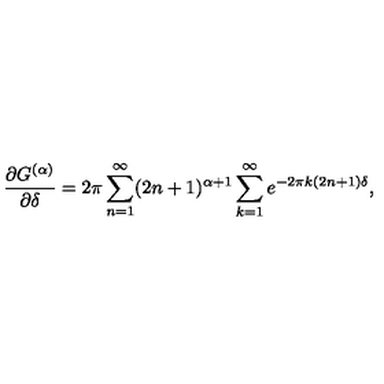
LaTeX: \frac { \partial G ^ { ( \alpha ) } } { \partial \delta } = 2 \pi \sum _ { n = 1 } ^ { \infty } ( 2 n + 1 ) ^ { \alpha + 1 } \sum _ { k = 1 } ^ { \infty } e ^ { - 2 \pi k ( 2 n + 1 ) \delta } ,